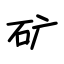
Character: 矿